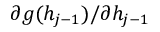
\partial g ( h _ { j - 1 } ) / \partial h _ { j - 1 }